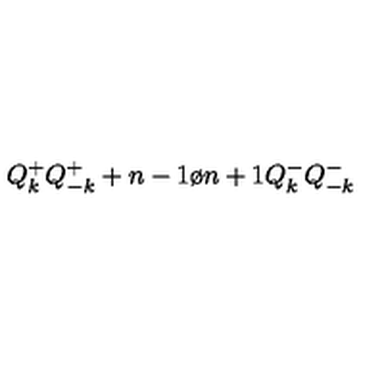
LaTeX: Q _ { k } ^ { + } Q _ { - k } ^ { + } + { { n - 1 } \o { n + 1 } } Q _ { k } ^ { - } Q _ { - k } ^ { - }